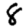
Digit: 8